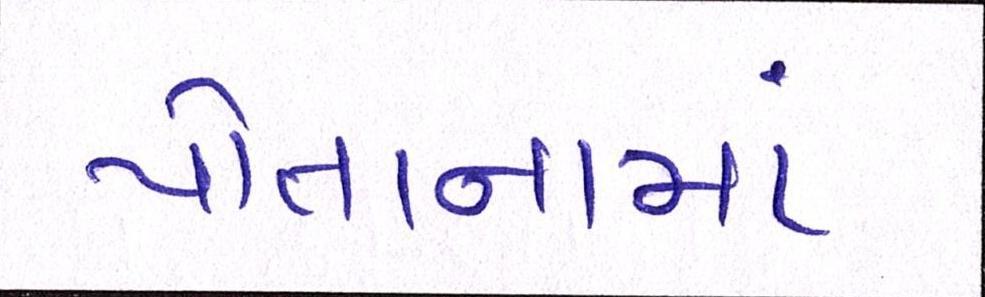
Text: પોતાનામાં